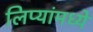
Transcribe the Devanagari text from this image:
लिप्यांमध्ये